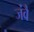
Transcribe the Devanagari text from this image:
जंवै